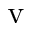
\mathrm { v }